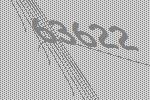
63622